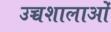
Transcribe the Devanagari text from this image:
उच्चशालाओं